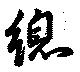
總